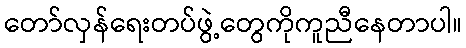
တော်လှန်ရေးတပ်ဖွဲ့တွေကိုကူညီနေတာပါ။